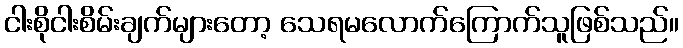
ငါးစိုငါးစိမ်းချက်များတော့ သေရမလောက်ကြောက်သူဖြစ်သည်။